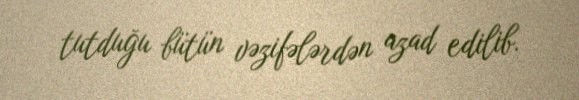
tutduğu bütün vəzifələrdən azad edilib.